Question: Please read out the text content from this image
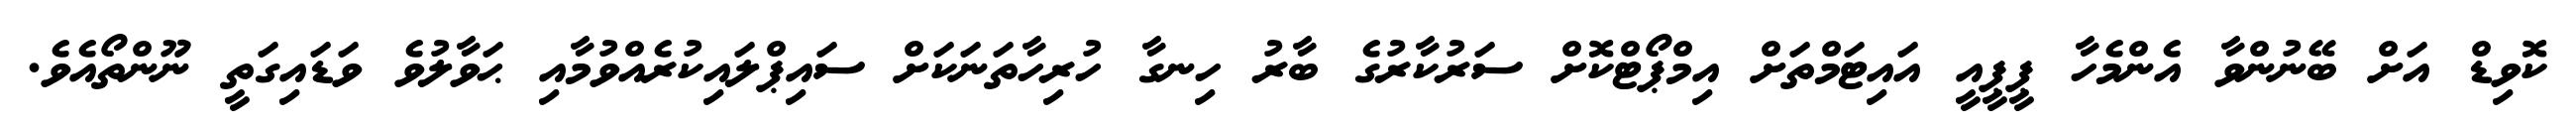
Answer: ކޮވިޑް އަށް ބޭނުންވާ އެންމެހާ ޕީޕީއީ އައިޓަމްތަށް އިމްޕޯޓްކޮށް ސަރުކާރުގެ ބާރު ހިނގާ ހުރިހާތަނަކަށް ސައިޕްލައިކުރެއްވުމާއި ޙަވާލުވެ ވަޑައިގަތީ ނޫންތޯއެވެ.